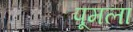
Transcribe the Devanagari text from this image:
पूमला